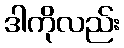
ဒါကိုလည်း